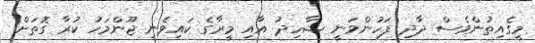
މީގެއިތުންވެސް ދާދި ފަހުންވަނީ ޝާހިދު އާއި މީރާގެ ކައިވެނި ޖޫންމަހު ކުރާ ގޮތަށް